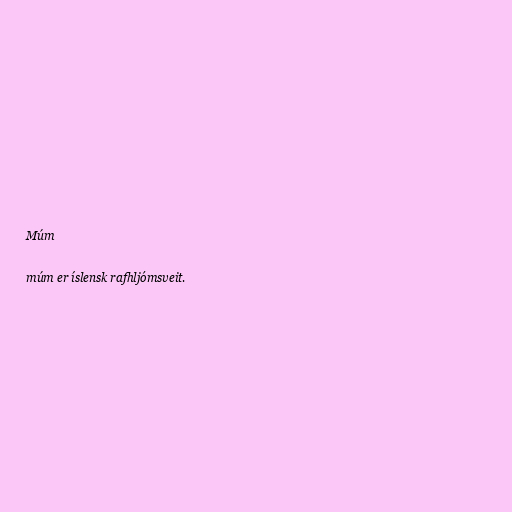
Múm

múm er íslensk rafhljómsveit.